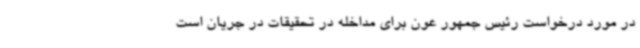
در مورد درخواست رئیس جمهور عون برای مداخله در تحقیقات در جریان است